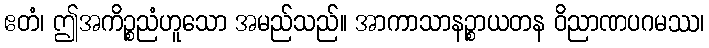
ဧတံ၊ ဤအကိဉ္စညံဟူသော အမည်သည်။ အာကာသာနဉ္စာယတန ဝိညာဏပဂမဿ၊